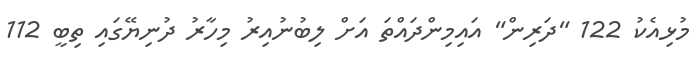
މުޅިއެކު 122 "ދަރިން" އައިމިންދައްތަ އަށް ލިބުނުއިރު މިހާރު ދުނިޔޭގައި ތިބީ 112